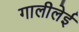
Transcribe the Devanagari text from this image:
गालीलेई